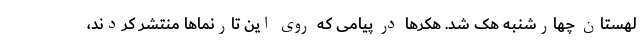
لهستان چهارشنبه هک شد. هکرها در پیامی که روی این تارنماها منتشر کردند،